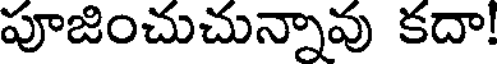
పూజించుచున్నావు కదా!